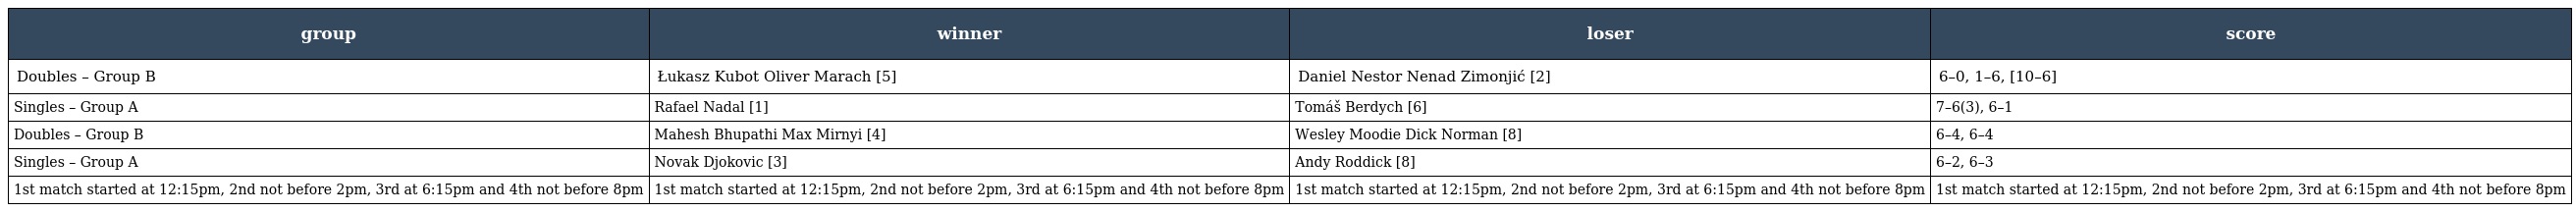
| group | winner | loser | score |
 | --- | --- | --- | --- |
 | Doubles – Group B | Łukasz Kubot Oliver Marach [5] | Daniel Nestor Nenad Zimonjić [2] | 6–0, 1–6, [10–6] |
 | Singles – Group A | Rafael Nadal [1] | Tomáš Berdych [6] | 7–6(3), 6–1 |
 | Doubles – Group B | Mahesh Bhupathi Max Mirnyi [4] | Wesley Moodie Dick Norman [8] | 6–4, 6–4 |
 | Singles – Group A | Novak Djokovic [3] | Andy Roddick [8] | 6–2, 6–3 |
 | 1st match started at 12:15pm, 2nd not before 2pm, 3rd at 6:15pm and 4th not before 8pm | 1st match started at 12:15pm, 2nd not before 2pm, 3rd at 6:15pm and 4th not before 8pm | 1st match started at 12:15pm, 2nd not before 2pm, 3rd at 6:15pm and 4th not before 8pm | 1st match started at 12:15pm, 2nd not before 2pm, 3rd at 6:15pm and 4th not before 8pm |